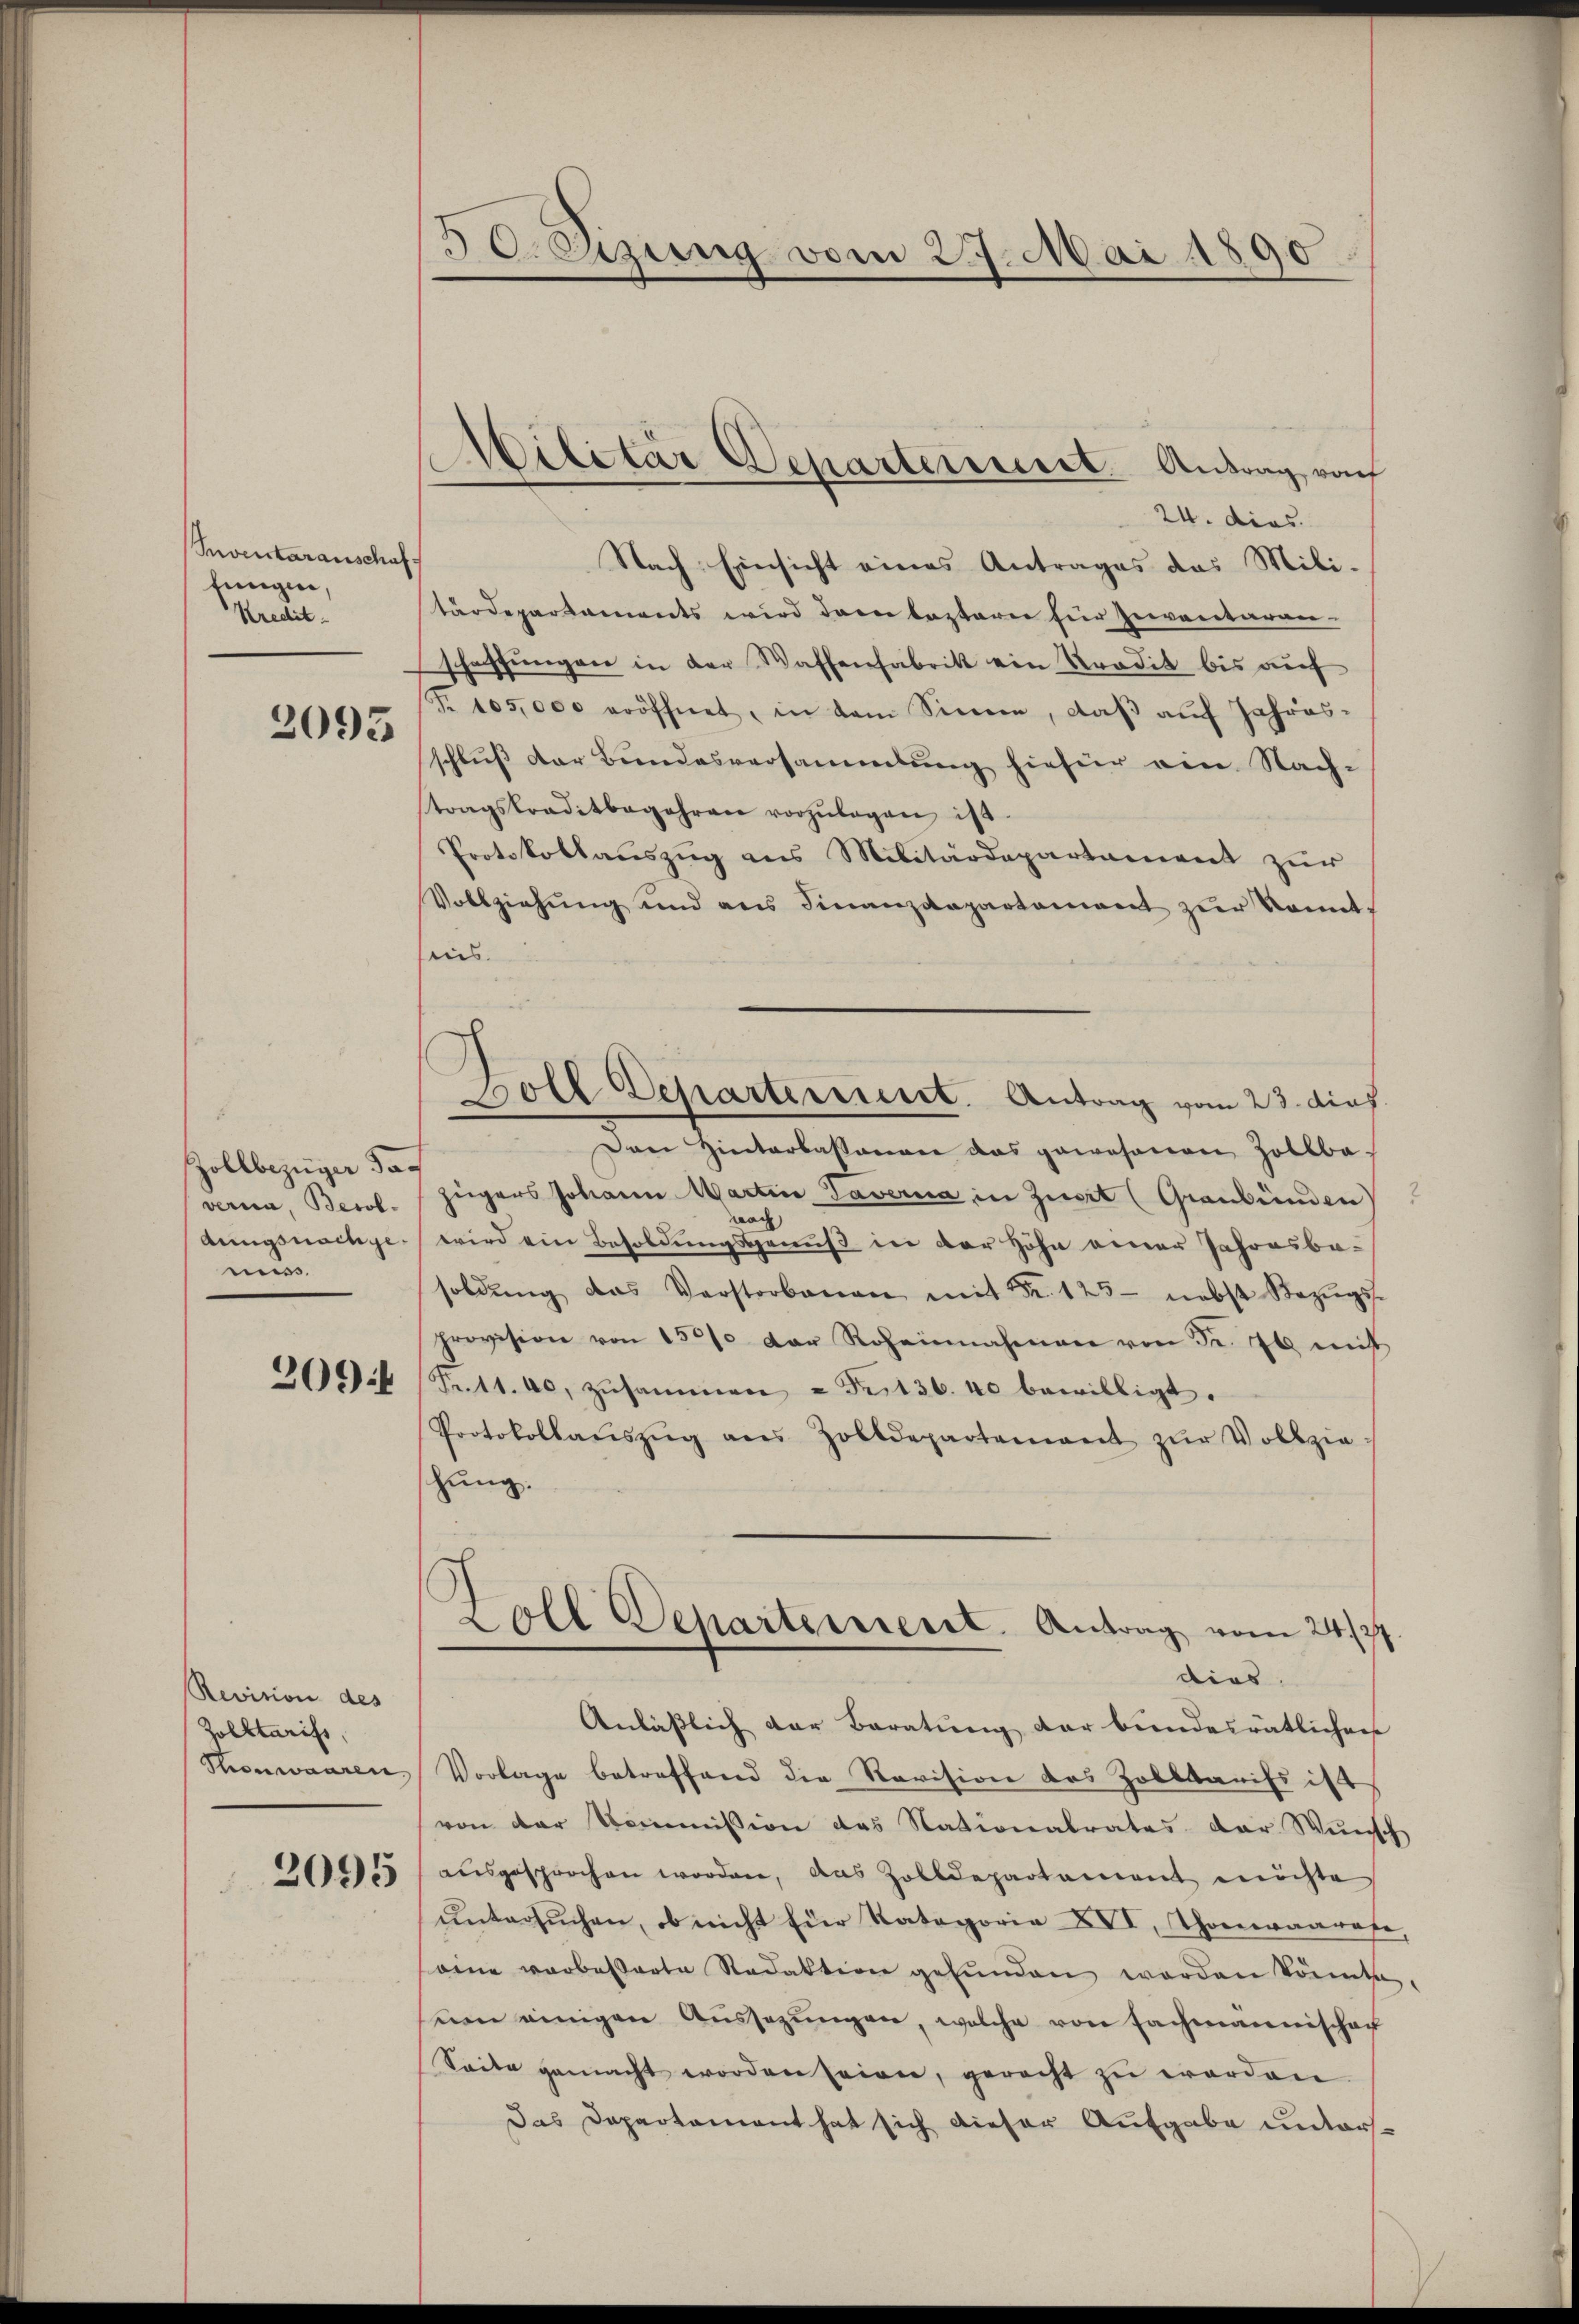
Reventaranschaf
tungen,
Kredit.

2095

Zollbezüger daverna, Besoldungsnachgemu
2094

Revision des
Zolktarifs,
Thonwaaren,

2095

30. Sizung vom 29. Mai 1890

Abilitär Departerriert. Antrag vo

24. dies
Nach Einsicht eines Antrages das Mili-
tärdepartaments wird dann lezterer für Inventaran-
schaffungen in der Waffenfabrik ein Tradik bis auf
Fr. 105,000 eröffnet, in dem Sinne, daß auf Jahres-
schluß der Bundesversammlung hiefür ein Nach-
tragskraditbegehren vorzŭlegen ist.
Protokollauszug aus Militärdepartament zur
Vollziehung und ans Finanzdepartement zur konnt
ais.
Den Hinterlassenen das gewesenen Zollba-
zügers Johann Martin Taverna in Zuert (Graubünden
nach
wird ein Besoldungsgenuß in der Höhe einer Jahresbesoldŭng das Verstorbenen mit Fr. 125- nebst Bezŭgs-
provision von 1531 der Roheinnahmen von Fr. 26 mit
Fr.11. 40, zusammen u Petsb. 40 bewilligt.
Protokollaŭszŭg ans Zolldepartement zŭr Vollzie
zung.
Zoll Departement. Antrag vom 24/77.
dies
Anläßlich der Baratung der bundesrätlichen
Vorlage betreffend die Revision des Zolbkaufs ist
von der Kommission das Nationalrates der Wunsch
ausgesprochen worden, das Zolldepartement möchte
ŭntersŭchen, ob nicht für Kategorie XVI, Thoreeraarafe,
eine vorbesserte Redaktion gefŭnden werden könnte.
ven einigen Aussezungen, welche von Fachmannischach
Seite gemacht worden seien, gerecht zu worden.
Das Departament hat sich dieser Aufgabe unters¬

Woll Departermeist. Antrag vom 23. dief